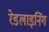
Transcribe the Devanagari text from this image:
रेडलाइनिंग